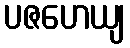
ပဇဟေယျ